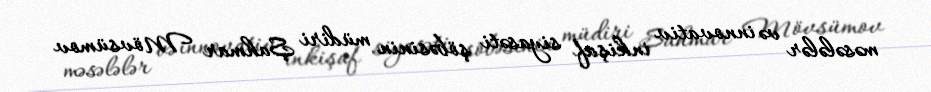
məsələlər və innovativ inkişaf siyasəti şöbəsinin müdiri Şahmar Mövsümov